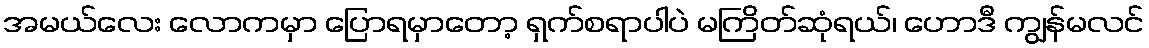
အမယ်လေး လောကမှာ ပြောရမှာတော့ ရှက်စရာပါပဲ မကြိတ်ဆုံရယ်၊ ဟောဒီ ကျွန်မလင်